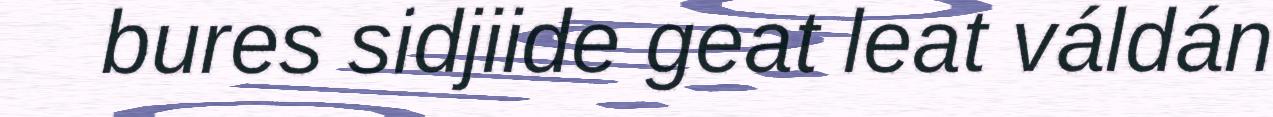
bures sidjiide geat leat váldán